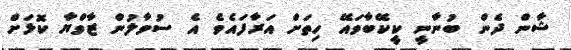
ޝާން ދެން ބުނާނީ ކީކޭބާވައޭ ހިތަށް އަރާފައެވެ އެ ސުވާލުން ޒާވްޔާ ކޮޅަށް